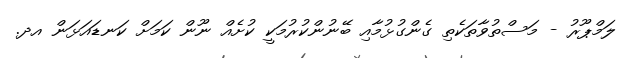
ލަމްޕޫރު - މަސްތުވާތަކެތި ގެންގުޅުމާއި ބޭނުންކުރުމަކީ ކުށެއް ނޫން ކަމަށް ކަނޑައަޅަން އދ.